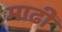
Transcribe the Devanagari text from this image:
माढी